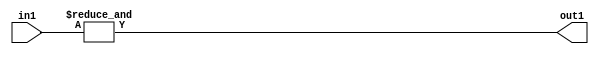
`timescale 1ps / 1ps
/*****************************************************************************
    Verilog RTL Description
    
    
    Created by: Stratus DpOpt 2019.1.01 
*******************************************************************************/

module pw_feature_addr_gen_Eqi31u5_4 (
	in1,
	out1
	); /* architecture "behavioural" */ 
input [4:0] in1;
output  out1;
wire  asc001;

assign asc001 = 
	(&in1);

assign out1 = asc001;
endmodule

/* CADENCE  urX2TAw= : u9/ySgnWtBlWxVPRXgAZ4Og= ** DO NOT EDIT THIS LINE ******/